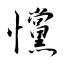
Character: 戃